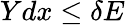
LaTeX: Ydx\leq\delta E